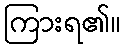
ကြားရ၏။